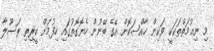
މި ނިޢުމަތްތަކަކީ ވަކިން ޚާއްޞަކޮށް އޭގެ ބޭނުން ހެޔޮގޮތުގައި ހިފުމަށް ކީރިތި ރަސޫލާ